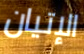
الإتيان